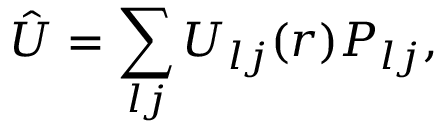
\hat { U } = \sum _ { l j } U _ { l j } ( r ) P _ { l j } ,